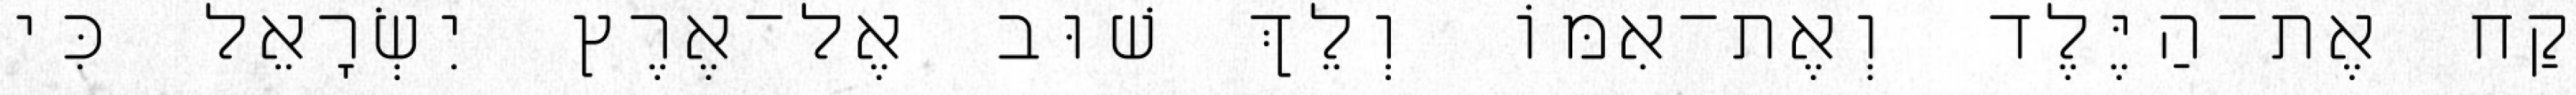
קַח אֶת־הַיֶּלֶד וְאֶת־אִמּוֹ וְלֵךְ שׁוּב אֶל־אֶרֶץ יִשְׂרָאֵל כִּי